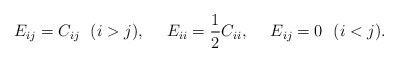
\begin{align*}E_{ij}=C_{ij}\ \ (i>j),\ \ \ \ E_{ii}={1\over 2}C_{ii},\ \ \ \ E_{ij}=0\ \ (i<j). \end{align*}